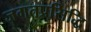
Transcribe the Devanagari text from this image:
जगतप्रसिद्धि